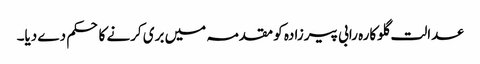
عدالت گلوکارہ رابی پیرزادہ کو مقدمہ میں بری کرنے کا حکم دے دیا۔